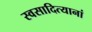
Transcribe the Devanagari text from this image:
स्वसादित्यानां